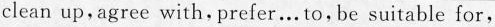
clean up,agree with,prefer…To,be suitable for,